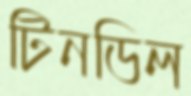
টিনডিল